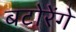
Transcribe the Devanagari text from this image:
बटोरेंगे